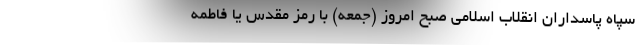
سپاه پاسداران انقلاب اسلامی صبح امروز (جمعه) با رمز مقدس یا فاطمه